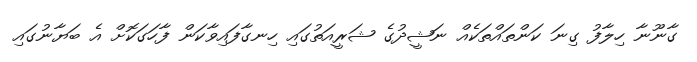
ގާނޫނާ ހިލާފު ގިނަ ކަންތައްތަކެއް ނަޝީދުގެ ޝަރީއަތުގައި ހިނގާފައިވާކަން ފާހަގަކޮށް އެ ބަޔާނުގައި